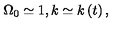
\Omega _ { 0 } \simeq 1 , k \simeq k \left( t \right) ,